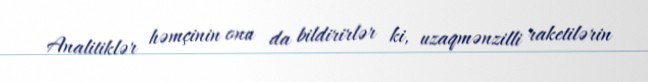
Analitiklər həmçinin onu da bildirirlər ki, uzaqmənzilli raketilərin